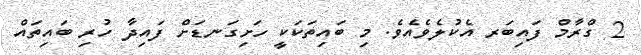
2 ގްރާމް ފައިބަރ އެކުލެވެއެވެ. މި ބައިތަކަކީ ހަށިގަނޑަށް ފައިދާ ހުރި ބައިތައް